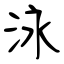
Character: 泳